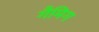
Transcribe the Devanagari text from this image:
गैमिग